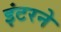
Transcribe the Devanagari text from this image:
इंटरने